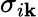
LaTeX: \sigma_{i\mathbf{k}}